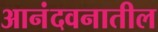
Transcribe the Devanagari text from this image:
आनंदवनातील